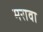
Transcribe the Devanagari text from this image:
मरावा